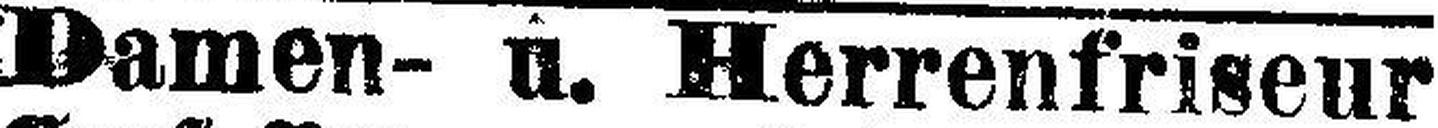
Damen- u. Herrenfriseur